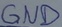
Text: GND